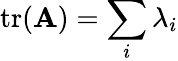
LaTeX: \operatorname{tr}(\mathbf{A})=\sum_{i}\lambda_{i}